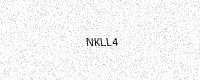
Text: NKLL4